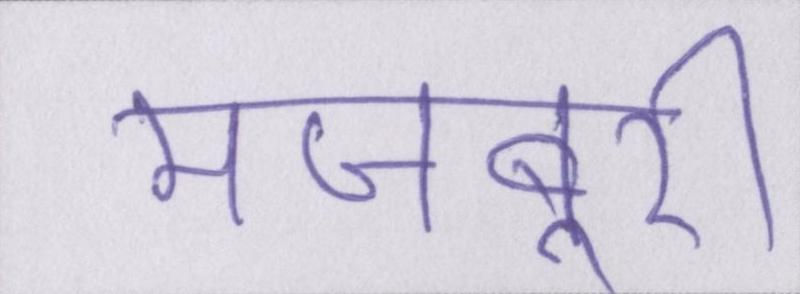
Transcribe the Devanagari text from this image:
मजबूरी